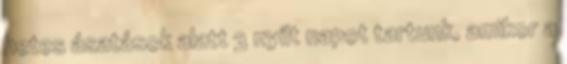
hetes ásatások alatt 3 nyílt napot tartunk, amikor a